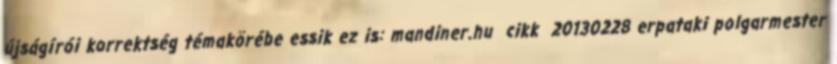
újságírói korrektség témakörébe essik ez is: mandiner.hu cikk 20130228 erpataki polgarmester